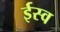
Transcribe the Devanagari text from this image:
ईस्व